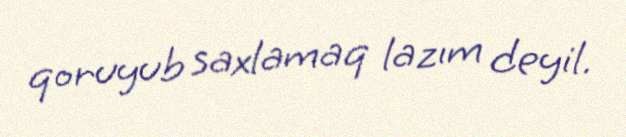
qoruyub saxlamaq lazım deyil.